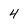
Character: 4